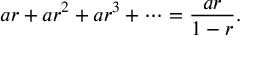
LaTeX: a r + a r ^ { 2 } + a r ^ { 3 } + \cdots = { \frac { a r } { 1 - r } } .